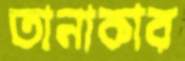
তানাকার